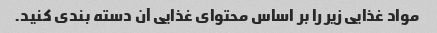
مواد غذایی زیر را بر اساس محتوای غذایی آن دسته بندی کنید.